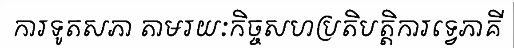
ការទូតសភា តាមរយៈកិច្ចសហប្រតិបត្តិការទ្វេភាគី